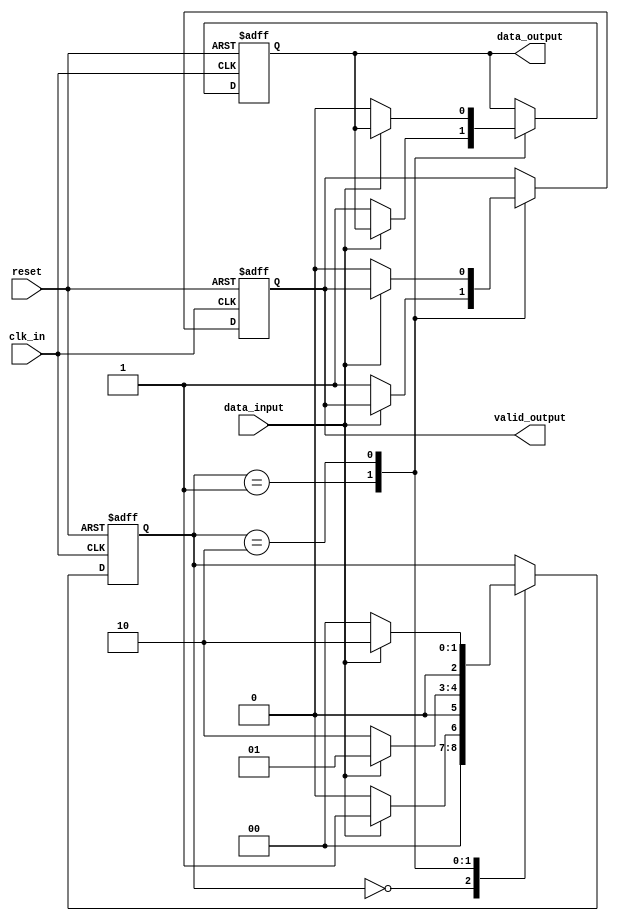
module pci_express_sync_block (
    input wire clk_in,
    input wire reset,
    input wire data_input,
    output reg data_output,
    output reg valid_output
);

reg [2:0] state;

always @(posedge clk_in or posedge reset) begin
    if (reset) begin
        state <= 3'b000;
        data_output <= 1'b0;
        valid_output <= 1'b0;
    end else begin
        case (state)
            3'b000: begin // Initial state
                if (data_input == 1'b1) begin
                    state <= 3'b001;
                end else begin
                    state <= 3'b000;
                end
            end
            3'b001: begin // Data transfer state
                if (data_input == 1'b0) begin
                    state <= 3'b010;
                    data_output <= 1'b1;
                    valid_output <= 1'b1;
                end else begin
                    state <= 3'b001;
                end
            end
            3'b010: begin // Data validation state
                if (data_input == 1'b0) begin
                    state <= 3'b000;
                    data_output <= 1'b0;
                    valid_output <= 1'b0;
                end else begin
                    state <= 3'b010;
                end
            end
        endcase
    end
end

endmodule